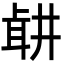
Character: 𦕡